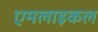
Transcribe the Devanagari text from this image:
एमलाइकल